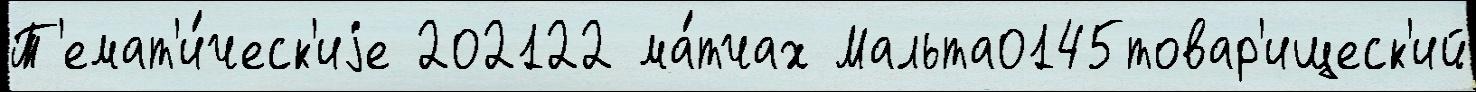
Т'емат'и́ческ'иjе 202122 ма́тчах Мальта0145товар'ищеск'ий